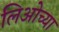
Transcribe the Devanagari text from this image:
लिओच्या